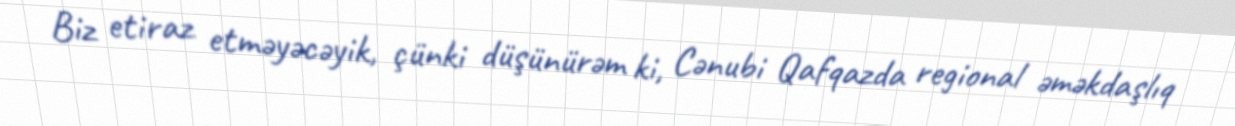
Biz etiraz etməyəcəyik, çünki düşünürəm ki, Cənubi Qafqazda regional əməkdaşlıq